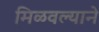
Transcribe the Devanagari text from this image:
मिळवल्याने